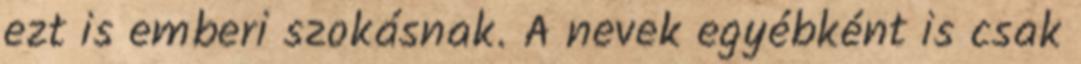
ezt is emberi szokásnak. A nevek egyébként is csak